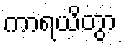
ကာရယိတွာ